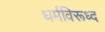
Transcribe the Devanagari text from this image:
धर्मविरूध्द